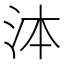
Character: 泍